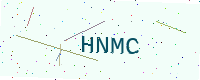
Text: HNMC